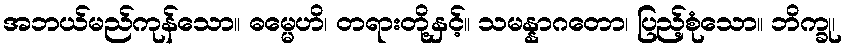
အဘယ်မည်ကုန်သော။ ဓမ္မေဟိ၊ တရားတို့နှင့်။ သမန္နာဂတော၊ ပြည့်စုံသော။ ဘိက္ခု၊